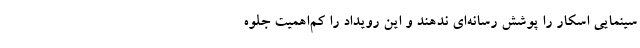
سینمایی اسکار را پوشش رسانه‌ای ندهند و این رویداد را کم‌اهمیت جلوه